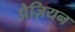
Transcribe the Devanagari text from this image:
प्रेज़ियन